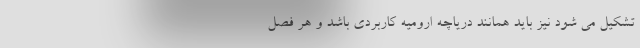
تشکیل می شود نیز باید همانند دریاچه ارومیه کاربردی باشد و هر فصل